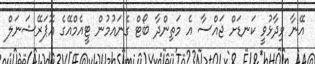
އޭނާ ވިދާޅުވީ ކަނޑަށް ޖައްސާ އެ މަތިންދާ ބޯޓް ގެނައުމުން ޓީއެމްއޭގެ އޮޕަރޭޝަނަލް